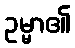
ဥမ္မာ၏